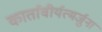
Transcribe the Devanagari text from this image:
कार्तावीर्यत्मर्जुना